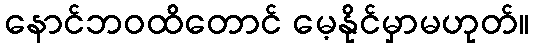
နောင်ဘဝထိတောင် မေ့နိုင်မှာမဟုတ်။